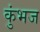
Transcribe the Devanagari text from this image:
कुंभज